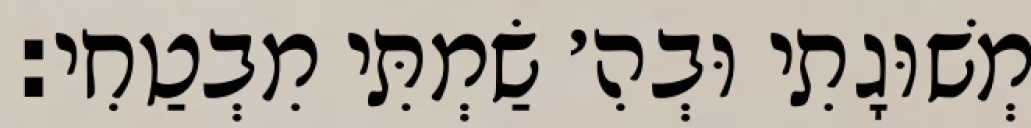
מְשׁוּגָתִי וּבְהִ׳ שַׂמְתִּי מִבְטַחִי: